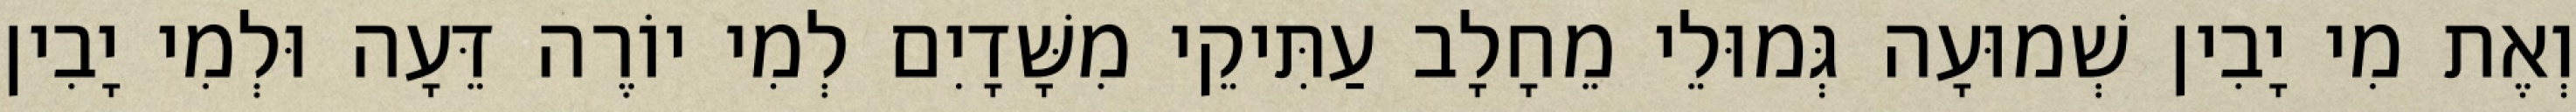
וְאֶת מִי יָבִין שְׁמוּעָה גְּמוּלֵי מֵחָלָב עַתִּיקֵי מִשָּׁדָיִם לְמִי יוֹרֶה דֵּעָה וּלְמִי יָבִין